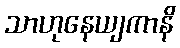
သာဟုနေယျကာနိ